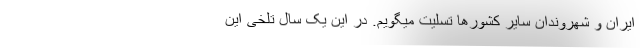
ایران و شهروندان سایر کشورها تسلیت میگویم. در این یک سال تلخی این